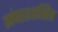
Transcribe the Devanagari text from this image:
संघाशासित